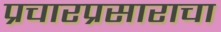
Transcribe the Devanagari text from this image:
प्रचारप्रसाराचा